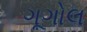
ગૂગોલ